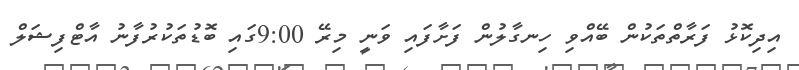
އިދިކޮޅު ފަރާތްތަކުން ބޭއްވި ހިނގާލުން ފަށާފައި ވަނީ މިރޭ 9:00ގައި ބޮޑުތަކުރުފާނު އާޓްފިޝަލް